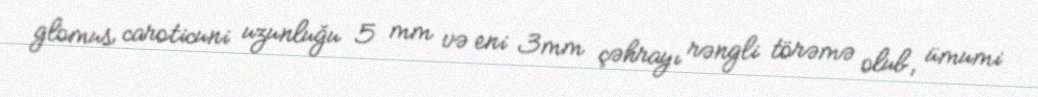
glomus caroticuni uzunluğu 5 mm və eni 3mm çəhrayı rəngli törəmə olub, ümumi